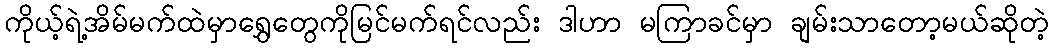
ကိုယ့်ရဲ့အိမ်မက်ထဲမှာရွှေတွေကိုမြင်မက်ရင်လည်း ဒါဟာ မကြာခင်မှာ ချမ်းသာတော့မယ်ဆိုတဲ့